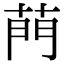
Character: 菛